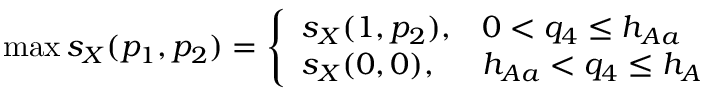
\operatorname* { m a x } s _ { X } ( p _ { 1 } , p _ { 2 } ) = \left\{ \begin{array} { l l } { s _ { X } ( 1 , p _ { 2 } ) , } & { 0 < q _ { 4 } \leq h _ { A a } } \\ { s _ { X } ( 0 , 0 ) , } & { h _ { A a } < q _ { 4 } \leq h _ { A } } \end{array} \right.